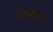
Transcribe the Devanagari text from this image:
सण।